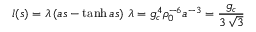
l ( s ) = \lambda \left( a s - \operatorname { t a n h } a s \right) \, \lambda = g _ { c } ^ { 4 } \rho _ { 0 } ^ { - 6 } a ^ { - 3 } = \frac { g _ { c } } { 3 \, \sqrt { 3 } }